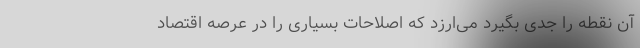
آن نقطه را جدی بگیرد می‌ارزد که اصلاحات بسیاری را در عرصه اقتصاد